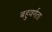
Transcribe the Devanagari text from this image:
बहुवर्णता